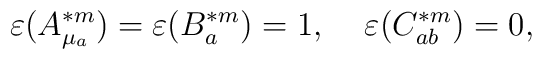
\varepsilon(A^{\ast m}_{\mu_a})=\varepsilon(B^{\ast m}_a)=1,\;\;\;\; \varepsilon(C^{\ast m}_{ab})=0,